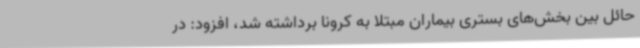
حائل بین بخش‌های بستری بیماران مبتلا به کرونا برداشته شد، افزود: در